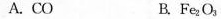
A.CO B.Fe_{ 2 }O_{ 3}